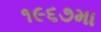
૧૯૬૭મા